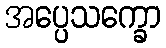
အပ္ပေသက္ခော